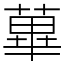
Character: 蓽